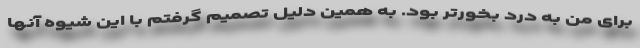
برای من به درد بخورتر بود. به همین دلیل تصمیم گرفتم با این شیوه آنها